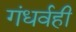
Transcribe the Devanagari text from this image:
गंधर्वही